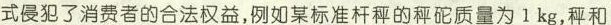
式侵犯了消费者的合法权益，例如某标准杆秤的秤砣质量为1kg，秤和